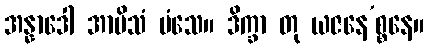
အန္နာဒေါ အာမိသံ မံသေ။ ဒိက္ခာ တု ယဇနေ’စ္စနေ။